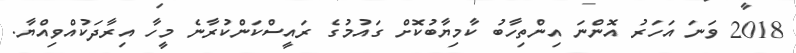
2018 ވަނަ އަހަރު އޮންނަ އިންތިހާބު ކާމިޔާބުކޮށް ގައުމުގެ ރައީސްކަންކުރާނެ މީހާ އިރާދަކުއްވިއްޔާ.